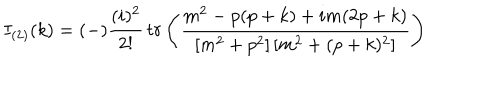
LaTeX: I _ { ( 2 ) } ( k ) = ( - ) \frac { ( i ) ^ { 2 } } { 2 ! } \, t r \left( { \frac { m ^ { 2 } - p ( p + k ) + i m ( 2 p + k ) } { [ m ^ { 2 } + p ^ { 2 } ] \, [ m ^ { 2 } + ( p + k ) ^ { 2 } ] } } \right)